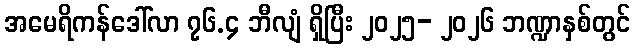
အမေရိကန်ဒေါ်လာ ၇၆.၄ ဘီလျံ ရှိပြီး ၂၀၂၅- ၂၀၂၆ ဘဏ္ဍာနှစ်တွင်